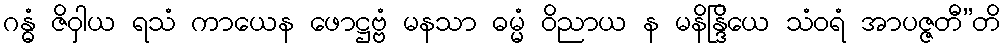
ဂန္ဓံ ဇိဝှါယ ရသံ ကာယေန ဖောဋ္ဌဗ္ဗံ မနသာ ဓမ္မံ ဝိညာယ န မနိန္ဒြိယေ သံဝရံ အာပဇ္ဇတီ”တိ